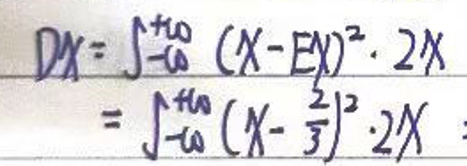
\(D X = \int _ { - a } ^ { + a } ( X - E X ) ^ { 2 } \cdot 2 X

= \int _ { - a } ^ { + a } ( X - \frac { 2 } { 3 } ) ^ { 2 } \cdot 2 X\)